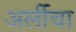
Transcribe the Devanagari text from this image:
अर्लीचा